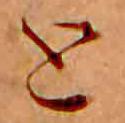
と